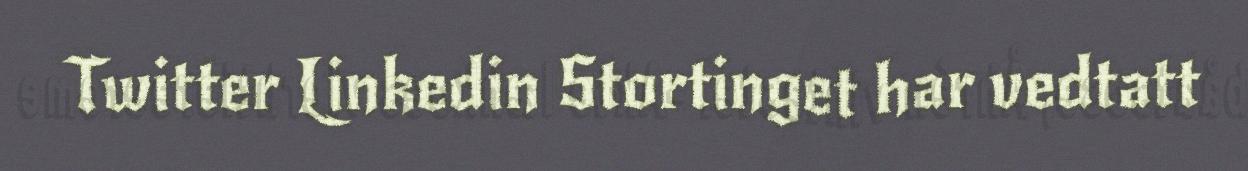
Twitter Linkedin Stortinget har vedtatt